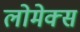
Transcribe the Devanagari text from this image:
लोमेक्स